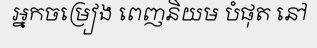
អ្នកចម្រៀង ពេញនិយម បំផុត នៅ